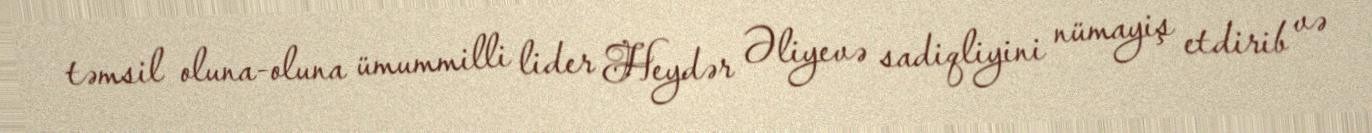
təmsil oluna-oluna ümummilli lider Heydər Əliyevə sadiqliyini nümayiş etdirib və